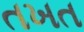
તખત